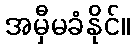
အမှီမခံနိုင်။